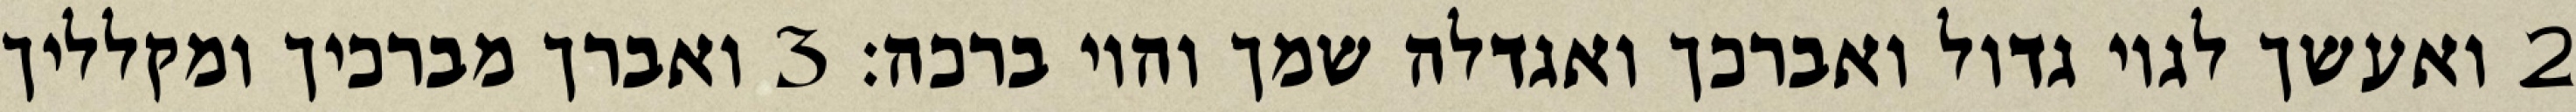
‎2‏ ואעשך לגוי גדול ואברכך ואגדלה שמך והוי ברכה׃ ‎3‏ ואברך מברכיך ומקלליך